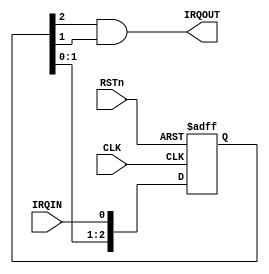
//------------------------------------------------------------------------------
// Abstract : IRQ synchronizer
//------------------------------------------------------------------------------
module irq_sync (
    input  wire  RSTn,
    input  wire  CLK,
    input  wire  IRQIN,
    output wire  IRQOUT
);

reg  [2:0] sync_reg;
wire [2:0] nxt_sync_reg;

assign nxt_sync_reg = {sync_reg[1:0],IRQIN};

always @(posedge CLK or negedge RSTn)
begin
    if (~RSTn)
        sync_reg <= 3'b000;
    else
        sync_reg <= nxt_sync_reg;
end

// Only consider valid if it is high for two cycles
assign   IRQOUT  = sync_reg[2] & sync_reg[1];

endmodule